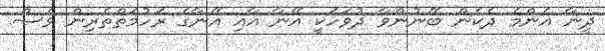
ދީނާ އެންމެ ދެކެން ބޭނުންވާ ދުވަހަކީ އޭނާ އާއި އޭނާގެ ރަހުމަތްތެރިން ވެސް